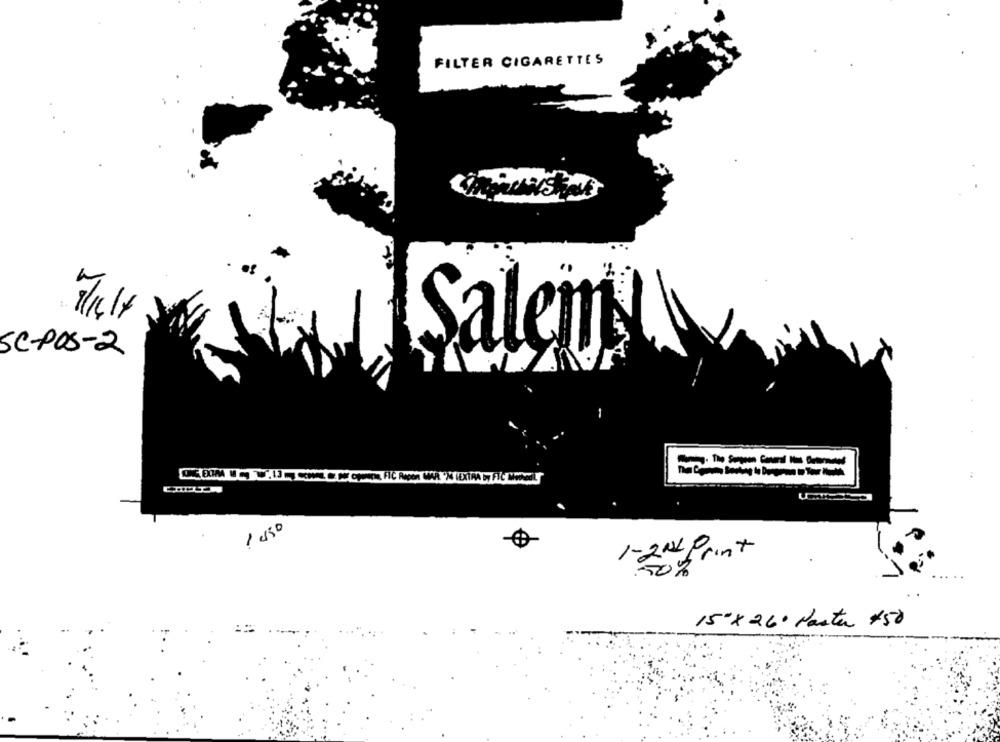
FILTER CIGARETTES
Charishelt
Salem
SC-POS-2
1 430
1-2Nd Print
.50%
15"x 26º Parter +50